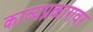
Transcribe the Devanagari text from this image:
काव्यप्रकारावर